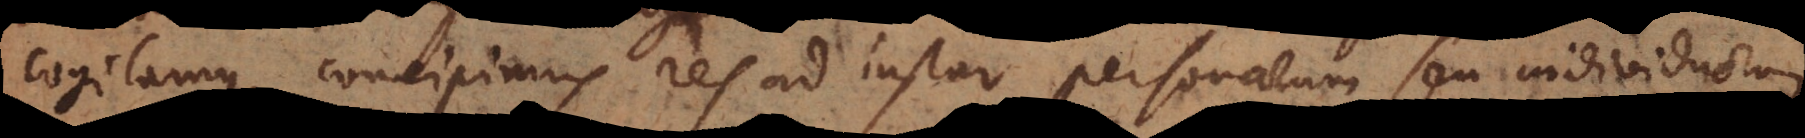
cogitamus, concipimus res ad instar personarum seu individuorum,